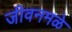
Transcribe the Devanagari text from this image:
जीवनमळे